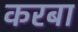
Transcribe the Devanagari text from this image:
करबा